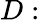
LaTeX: D: